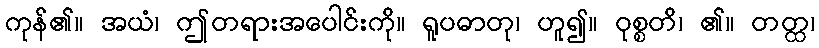
ကုန်၏။ အယံ၊ ဤတရားအပေါင်းကို။ ရူပဓာတု၊ ဟူ၍။ ဝုစ္စတိ၊ ၏။ တတ္ထ၊